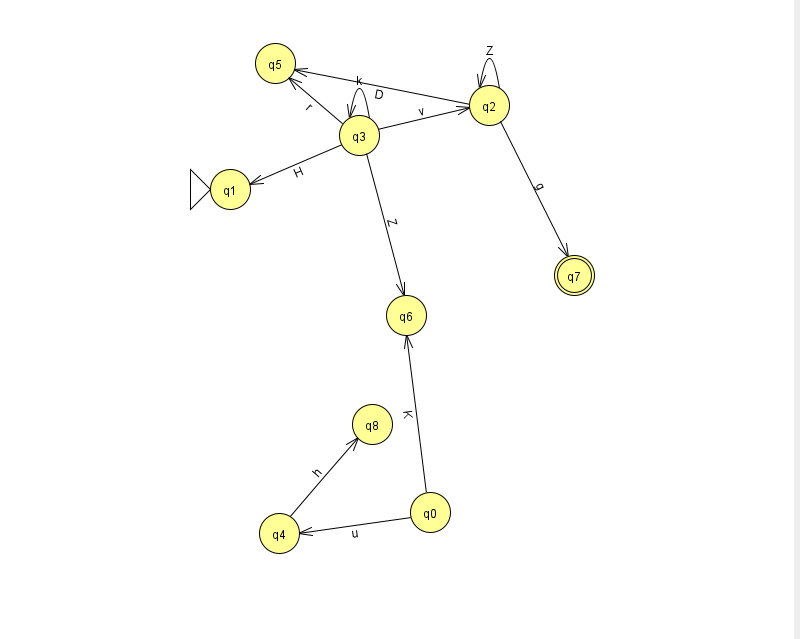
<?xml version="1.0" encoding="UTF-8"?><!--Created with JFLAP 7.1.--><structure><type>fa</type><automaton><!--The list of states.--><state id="0" name="q0"><x>430.0</x><y>499.0</y></state><state id="1" name="q1"><x>230.0</x><y>176.0</y><initial/></state><state id="2" name="q2"><x>489.0</x><y>92.0</y></state><state id="3" name="q3"><x>359.0</x><y>122.0</y></state><state id="4" name="q4"><x>279.0</x><y>520.0</y></state><state id="5" name="q5"><x>275.0</x><y>50.0</y></state><state id="6" name="q6"><x>406.0</x><y>302.0</y></state><state id="7" name="q7"><x>574.0</x><y>262.0</y><final/></state><state id="8" name="q8"><x>372.0</x><y>411.0</y></state><!--The list of transitions.--><transition><from>3</from><to>2</to><read>v</read></transition><transition><from>0</from><to>4</to><read>u</read></transition><transition><from>0</from><to>6</to><read>K</read></transition><transition><from>3</from><to>6</to><read>Z</read></transition><transition><from>2</from><to>5</to><read>D</read></transition><transition><from>3</from><to>5</to><read>r</read></transition><transition><from>2</from><to>2</to><read>Z</read></transition><transition><from>3</from><to>3</to><read>k</read></transition><transition><from>4</from><to>8</to><read>h</read></transition><transition><from>2</from><to>7</to><read>g</read></transition><transition><from>3</from><to>1</to><read>H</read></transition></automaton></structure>